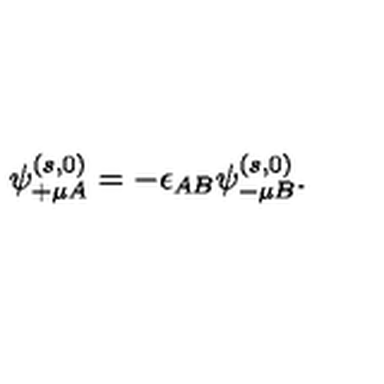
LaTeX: \psi _ { + \mu A } ^ { ( s , 0 ) } = - \epsilon _ { A B } \psi _ { - \mu B } ^ { ( s , 0 ) } .